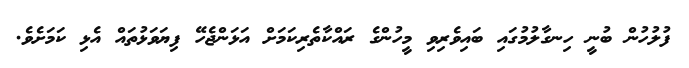
ފުލުހުން ބުނީ ހިނގާލުމުގައި ބައިވެރިވި މީހުންގެ ރައްކާތެރިކަމަށް އަޅަންޖެހޭ ފިޔަވަޅުތައް އެޅި ކަމަށެވެ.